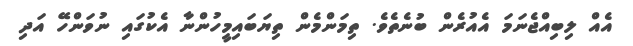
އެއް ލިބިއްޖެނަމަ އެއުރެން ބުނެތެވެ. ތިމަންމެން ތިޔަބައިމީހުންނާ އެކުގައި ނުވަންހޭ އަދި